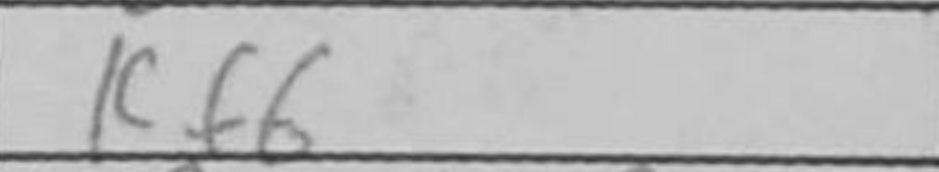
Transcription: Kf6